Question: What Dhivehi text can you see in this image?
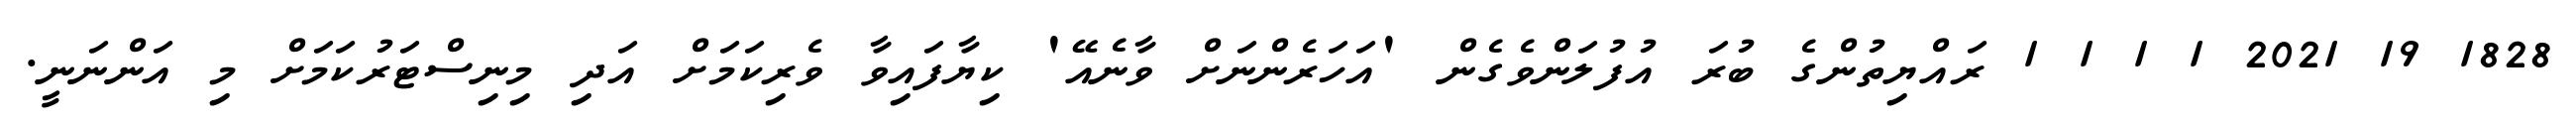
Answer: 1828 19 2021 1 1 1 1 ރައްޔިތުންގެ ބުރަ އުފުލަންވެގެން 'އަހަރެންނަށް ވާނެއޭ' ކިޔާފައިވާ ވެރިކަމަށް އަދި މިނިސްޓަރުކަމަށް މި އަންނަނީ.